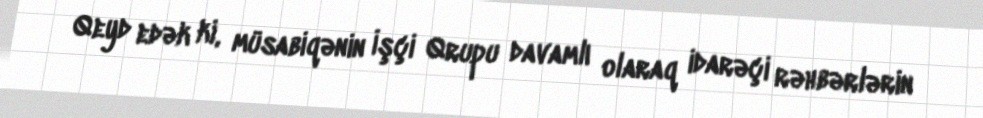
Qeyd edək ki, müsabiqənin İşçi Qrupu davamlı olaraq idarəçi rəhbərlərin